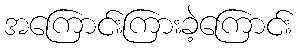
အကြောင်းကြားခဲ့ကြောင်း